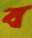
ব